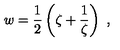
w = \frac 1 2 \left( \zeta + \frac { 1 } { \zeta } \right) \ ,